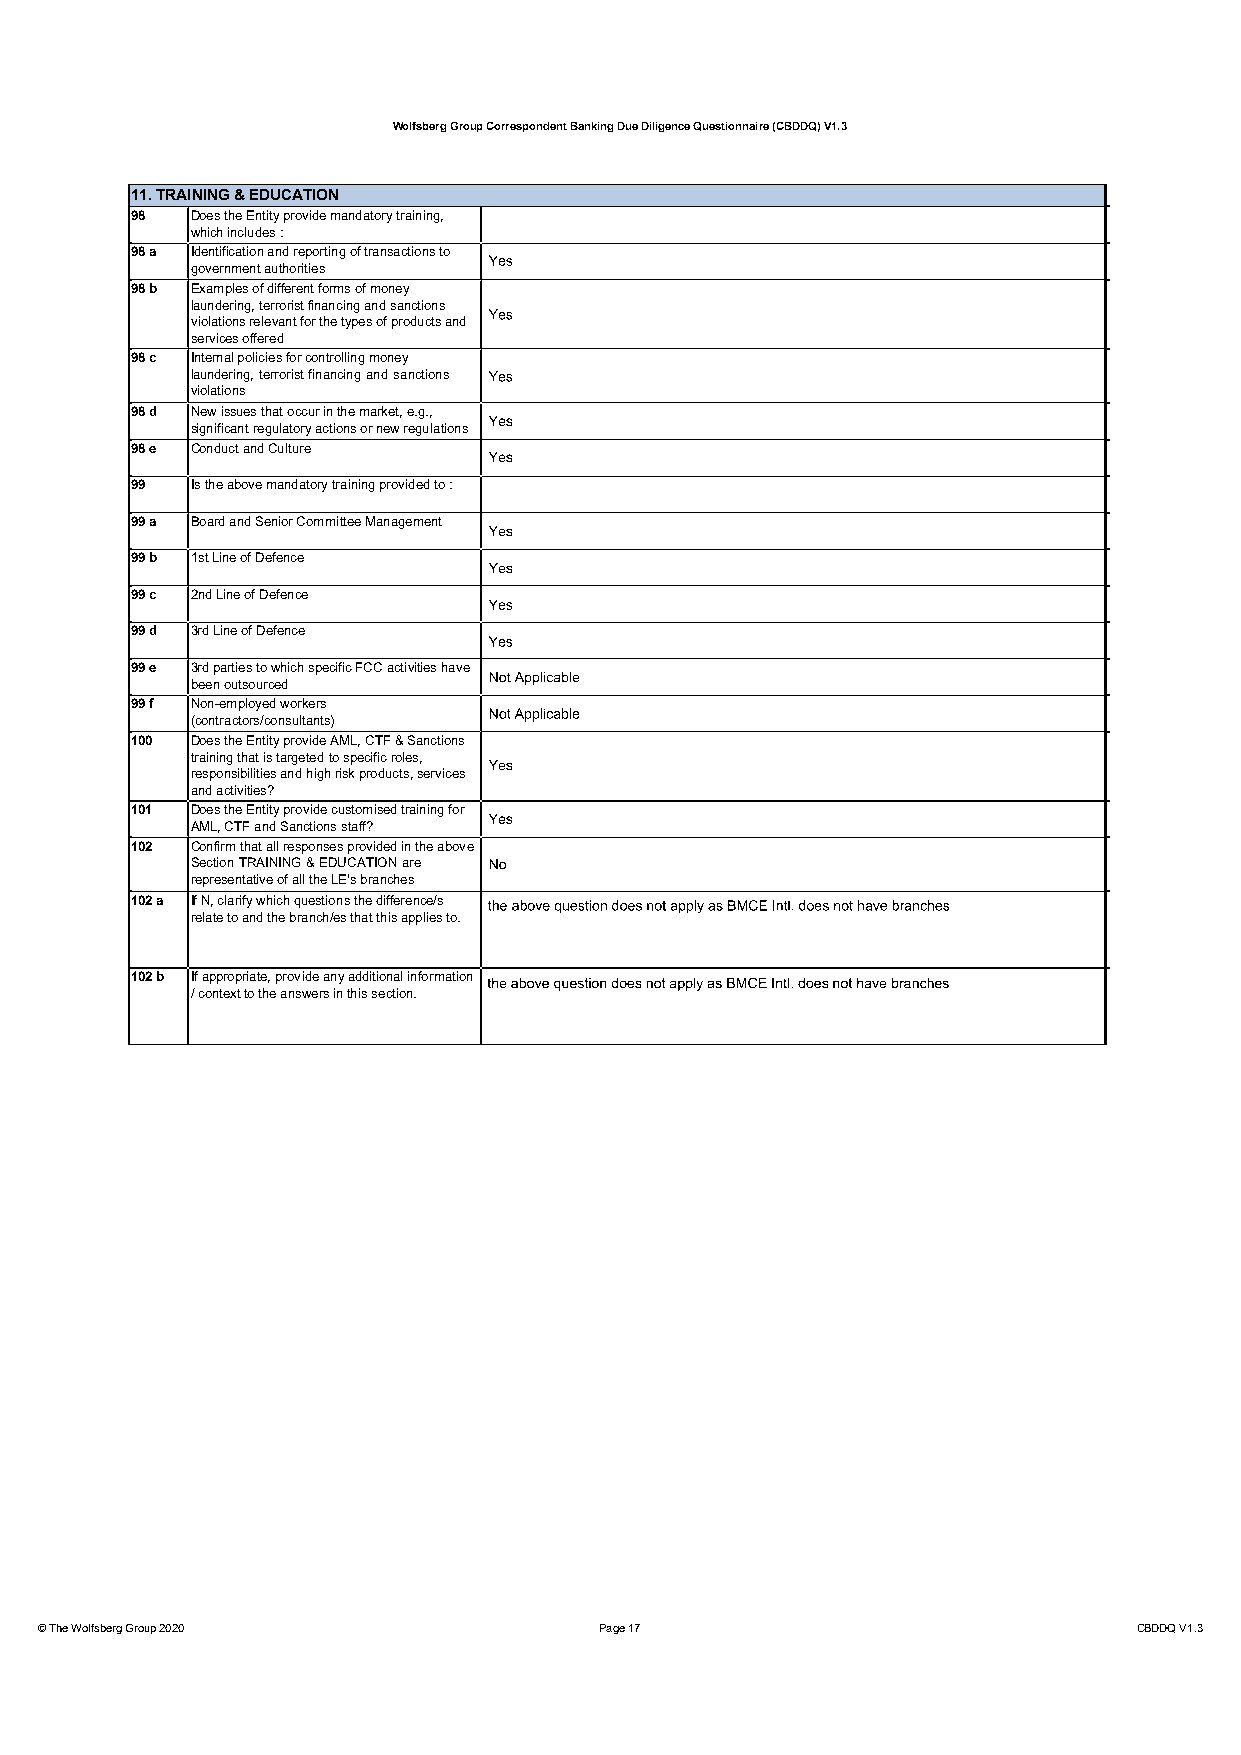
Wolfsberg Group Correspondent Banking Due Diligence Questionnaire (CBDDQ) V1.3
 11. TRAINING & EDUCATION
 98  Does the Entity provide mandatory training,
 which includes :
 98 a Identification and reporting of transactions to
 government authorities
 98 b Examples of different forms of money
 laundering, terrorist financing and sanctions
 violations relevant for the types of products and
 services offered
 98 c Internal policies for controlling money
 laundering,terroristfinancingandsanctions
 violations
 98 d New issues that occur in the market, e.g.,
 significant regulatory actions or new regulations
 98 e Conduct and Culture
 99  Is the above mandatory training provided to :
 99 a Board and Senior Committee Management
 99 b 1st Line of Defence
 99 c 2nd Line of Defence
 99 d 3rd Line of Defence
 99 e 3rd parties to which specific FCC activities have
 been outsourced
 99 f Non-employed workers
 (contractors/consultants)
 100 Does the Entity provide AML, CTF & Sanctions
 training that is targeted to specific roles,
 responsibilities and high risk products, services
 and activities?
 101 Does the Entity provide customised training for
 AML, CTF and Sanctions staff?
 102 Confirm that all responses provided in the above
 SectionTRAINING&EDUCATIONare
 representative of all the LE's branches
 102 a If N, clarify which questions the difference/s
 relate to and the branch/es that this applies to.
 102 b If appropriate, provide any additional information
 / context to the answers in this section.
 © The Wolfsberg Group 2020            Page 17                            CBDDQ V1.3